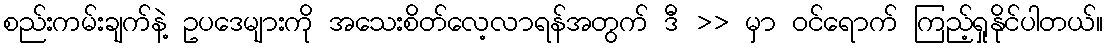
စည်းကမ်းချက်နဲ့ ဥပဒေများကို အသေးစိတ်လေ့လာရန်အတွက် ဒီ >> မှာ ၀င်ရောက် ကြည့်ရှုနိုင်ပါတယ်။